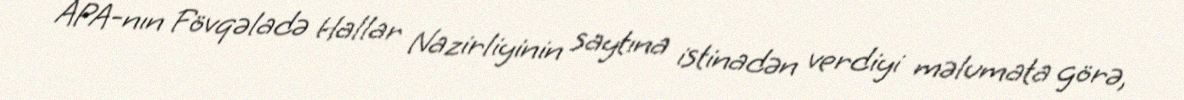
APA-nın Fövqəladə Hallar Nazirliyinin saytına istinadən verdiyi məlumata görə,